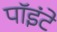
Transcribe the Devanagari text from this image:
पॉइंटे